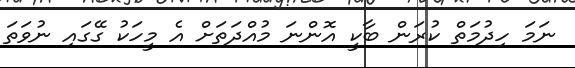
ނަމަ ހިދުމަތް ކުރަން ބާކީ އޮންނަ މުއްދަތަށް އެ މީހަކު ގޭގައި ނުވަތަ